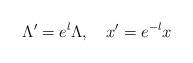
LaTeX: \begin{align*}\Lambda'=e^l \Lambda, \quad x' = e^{-l}x\end{align*}